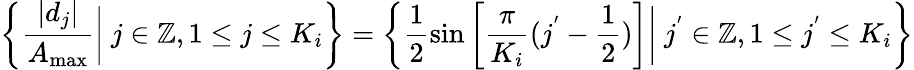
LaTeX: \left\{ \frac{\left\lvert d_{j}\right\rvert}{A_{\operatorname*{max}}}\bigg|\ j\in\mathbb{Z},1\leq j\leq K_{i}\right\} =\left\{ \frac{1}{2}\sin\left[\frac{\pi}{K_{i}}(j^{'}-\frac{1}{2})\right]\bigg|\ j^{'}\in\mathbb{Z},1\leq j^{'}\leq K_{i}\right\}